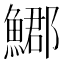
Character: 𩺐